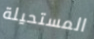
المستحيلة